Indian journal of veterinary science and animal husbandry - Volume 3,
Year: 1933
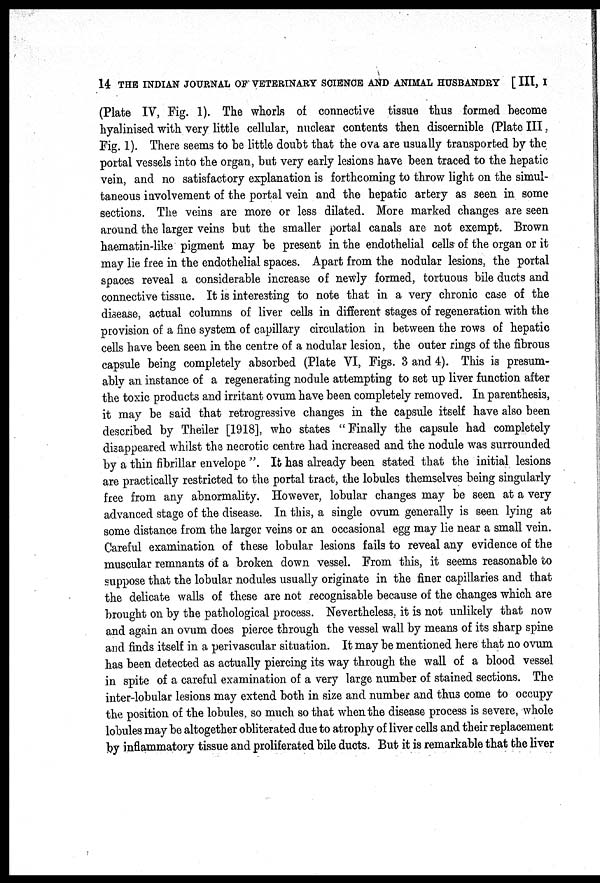
14 THE INDIAN JOURNAL OF VETERINARY SCIENCE AND ANIMAL HUSBANDRY [ III, I
(Plate IV, Fig. 1). The whorls of connective tissue thus formed become
hyalinised with very little cellular, nuclear contents then discernible (Plate III,
Fig. 1). There seems to be little doubt that the ova are usually transported by the
portal vessels into the organ, but very early lesions have been traced to the hepatic
vein, and no satisfactory explanation is forthcoming to throw light on the simul-
taneous involvement of the portal vein and the hepatic artery as seen in some
sections. The veins are more or less dilated. More marked changes are seen
around the larger veins but the smaller portal canals are not exempt. Brown
haematin-like pigment may be present in the endothelial cells of the organ or it
may lie free in the endothelial spaces. Apart from the nodular lesions, the portal
spaces reveal a considerable increase of newly formed, tortuous bile ducts and
connective tissue. It is interesting to note that in a very chronic case of the
disease, actual columns of liver cells in different stages of regeneration with the
provision of a fine system of capillary circulation in between the rows of hepatic
cells have been seen in the centre of a nodular lesion, the outer rings of the fibrous
capsule being completely absorbed (Plate VI, Figs. 3 and 4). This is presum-
ably an instance of a regenerating nodule attempting to set up liver function after
the toxic products and irritant ovum have been completely removed. In parenthesis,
it may be said that retrogressive changes in the capsule itself have also been
described by Theiler [1918], who states "Finally the capsule had completely
disappeared whilst the necrotic centre had increased and the nodule was surrounded
by a thin fibrillar envelope ". It has already been stated that the initial lesions
are practically restricted to the portal tract, the lobules themselves being singularly
free from any abnormality. However, lobular changes may be seen at a very
advanced stage of the disease. In this, a single ovum generally is seen lying at
some distance from the larger veins or an occasional egg may lie near a small vein.
Careful examination of these lobular lesions fails to reveal any evidence of the
muscular remnants of a broken down vessel. From this, it seems reasonable to
suppose that the lobular nodules usually originate in the finer capillaries and that
the delicate walls of these are not recognisable because of the changes which are
brought on by the pathological process. Nevertheless, it is not unlikely that now
and again an ovum does pierce through the vessel wall by means of its sharp spine
and finds itself in a perivascular situation. It may be mentioned here that no ovum
has been detected as actually piercing its way through the wall of a blood vessel
in spite of a careful examination of a very large number of stained sections. The
inter-lobular lesions may extend both in size and number and thus come to occupy
the position of the lobules, so much so that when the disease process is severe, whole
lobules may be altogether obliterated due to atrophy of liver cells and their replacement
by inflammatory tissue and proliferated bile ducts. But it is remarkable that the liver